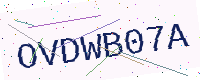
Text: OVDWB07A